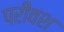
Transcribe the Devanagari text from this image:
परीवश